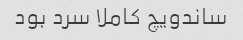
ساندویچ کاملا سرد بود